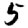
Digit: 5